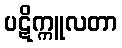
ပဋိက္ကူလတာ